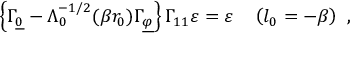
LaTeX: \left\{ \Gamma _ { \underline { { { 0 } } } } - \Lambda _ { 0 } ^ { - 1 / 2 } ( \beta r _ { 0 } ) \Gamma _ { \underline { { { \varphi } } } } \right\} \Gamma _ { 1 1 } \varepsilon = \varepsilon \quad \left( l _ { 0 } = - \beta \right) ~ ,